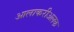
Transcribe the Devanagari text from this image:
आलाकरीअलक